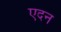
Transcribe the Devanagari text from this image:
एदन